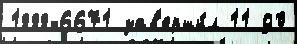
1888-6671 зав'ерши́л 11 90